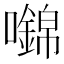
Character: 𡄎